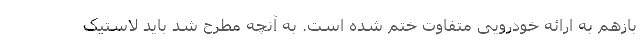
بازهم به ارائه خودرویی متفاوت ختم شده است. به آنچه مطرح شد باید لاستیک